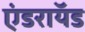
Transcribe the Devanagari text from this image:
एंडराॅयड